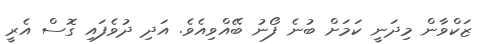
ޒަކްވާން މިދަނީ ކަމަށް ބުނެ ފޯނު ބޭއްވިއެވެ. އަދި ދުވެފައި ގޮސް އެރީ